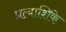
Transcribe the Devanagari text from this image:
प्रत्याशिके